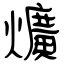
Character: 爌